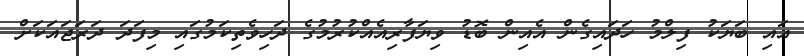
އައި ބަޔަކު ފިލްމު ހަދައިގެން އެއިން ބޮޑު ވިޔަފާރިއެއްކުރުމުގެ ދަހިވެތިކަމުގައި މިފަދަ ދަރަޖައަކަށް